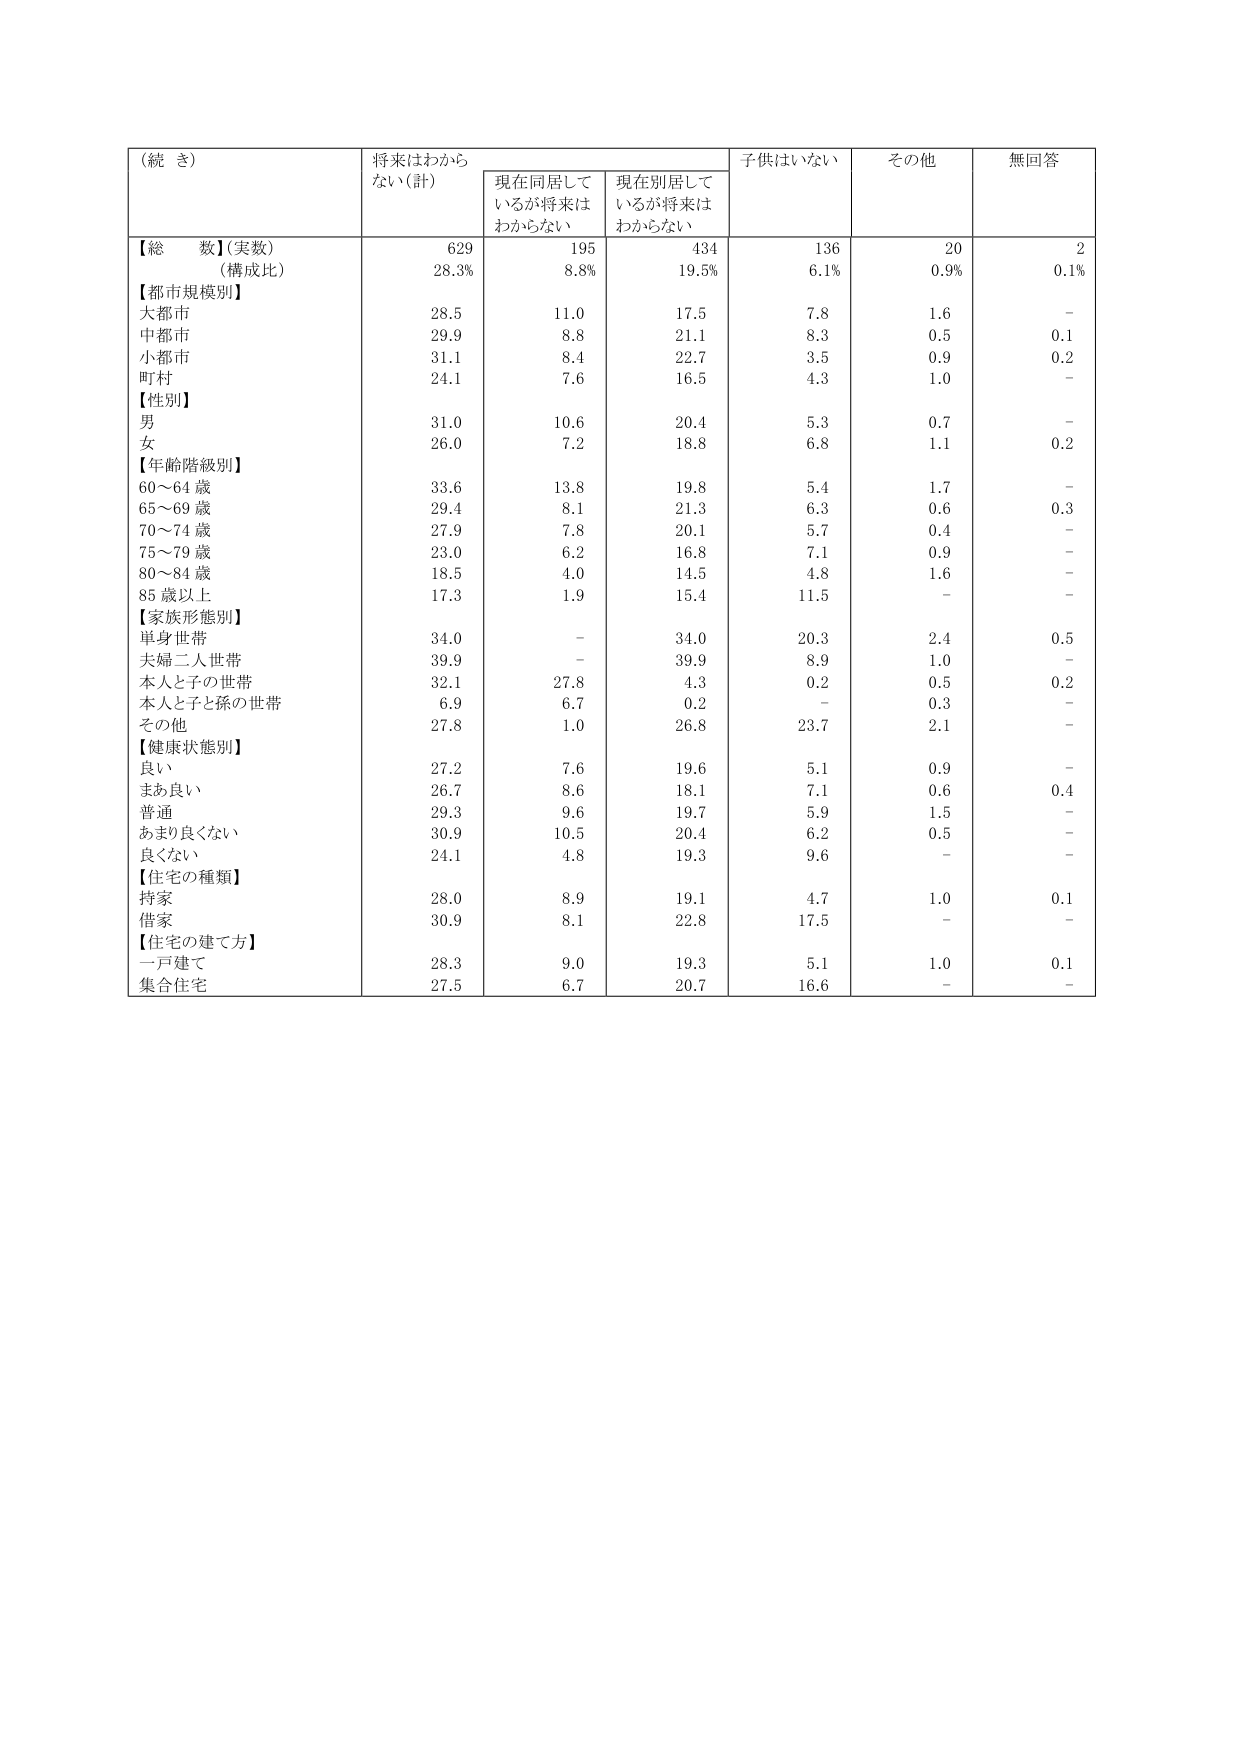
（続 き）

将来はわからない（計）　現在同居しているが将来はわからない　現在別居しているが将来はわからない　子供はいない　その他　無回答

【総 数】（実数）　629　195　434　136　20　2
（構成比）　28.3%　8.8%　19.5%　6.1%　0.9%　0.1%

【都市規模別】
大都市　28.5　11.0　17.5　7.8　1.6　-
中都市　29.9　8.8　21.1　8.3　0.5　0.1
小都市　31.1　8.4　22.7　3.5　0.9　0.2
町村　24.1　7.6　16.5　4.3　1.0　-

【性別】
男　31.0　10.6　20.4　5.3　0.7　-
女　26.0　7.2　18.8　6.8　1.1　0.2

【年齢階級別】
60～64 歳　33.6　13.8　19.8　5.4　1.7　-
65～69 歳　29.4　8.1　21.3　6.3　0.6　0.3
70～74 歳　27.9　7.8　20.1　5.7　0.4　-
75～79 歳　23.0　6.2　16.8　7.1　0.9　-
80～84 歳　18.5　4.0　14.5　4.8　1.6　-
85 歳以上　17.3　1.9　15.4　11.5　-　-

【家族形態別】
単身世帯　34.0　-　34.0　20.3　2.4　0.5
夫婦二人世帯　39.9　-　39.9　8.9　1.0　-
本人と子の世帯　32.1　27.8　4.3　0.2　0.5　0.2
本人と子と孫の世帯　6.9　6.7　0.2　-　0.3　-
その他　27.8　1.0　26.8　23.7　2.1　-

【健康状態別】
良い　27.2　7.6　19.6　5.1　0.9　-
まあ良い　26.7　8.6　18.1　7.1　0.6　0.4
普通　29.3　9.6　19.7　5.9　1.5　-
あまり良くない　30.9　10.5　20.4　6.2　0.5　-
良くない　24.1　4.8　19.3　9.6　-　-

【住宅の種類】
持家　28.0　8.9　19.1　4.7　1.0　0.1
借家　30.9　8.1　22.8　17.5　-　-

【住宅の建て方】
一戸建て　28.3　9.0　19.3　5.1　1.0　0.1
集合住宅　27.5　6.7　20.7　16.6　-　-